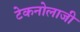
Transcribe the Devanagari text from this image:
टेकनोलाजी